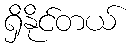
ရှိနိုင်တယ်